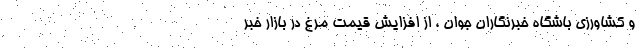
و کشاورزی باشگاه خبرنگاران جوان ، از افزایش قیمت مرغ در بازار خبر